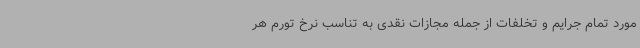
مورد تمام جرایم و تخلفات از جمله مجازات نقدی به تناسب نرخ تورم هر